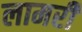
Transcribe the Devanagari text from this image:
लामरी